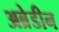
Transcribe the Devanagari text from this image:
अब्रेडीन